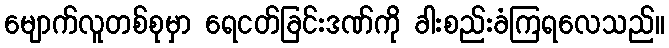
မျောက်လူတစ်စုမှာ ရေငတ်ခြင်းဒဏ်ကို ခါးစည်းခံကြရလေသည်။